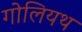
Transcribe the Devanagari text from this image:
गोलियथ